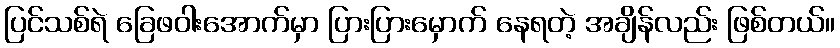
ပြင်သစ်ရဲ ခြေဖဝါးအောက်မှာ ပြားပြားမှောက် နေရတဲ့ အချိန်လည်း ဖြစ်တယ်။